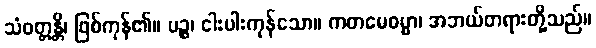
သံဝတ္တန္တိ၊ ဖြစ်ကုန်၏။ ပဉ္စ၊ ငါးပါးကုန်သော။ ကတမေဓမ္မာ၊ အဘယ်တရားတို့သည်။